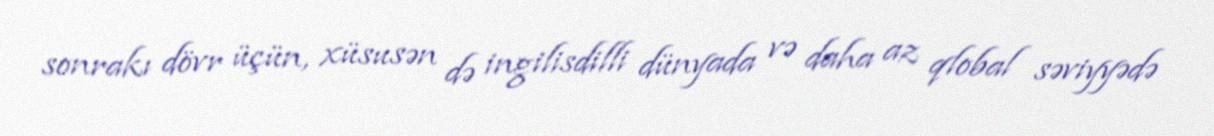
sonrakı dövr üçün, xüsusən də ingilisdilli dünyada və daha az qlobal səviyyədə